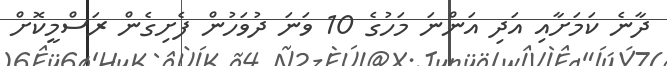
ދާނެ ކަމަށާއި އަދި އަންނަ މަހުގެ 10 ވަނަ ދުވަހުން ފެށިގެން ރަސްމީކޮށް